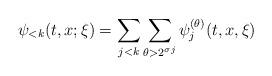
LaTeX: \begin{align*} \psi_{<k}(t,x;\xi) = \sum_{j < k} \sum_{\theta > 2^{\sigma j}} \psi^{(\theta)}_j(t,x,\xi) \end{align*}